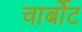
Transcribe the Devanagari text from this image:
चार्बोट